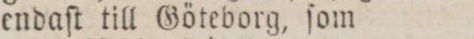
endaſt till Göteborg, ſom